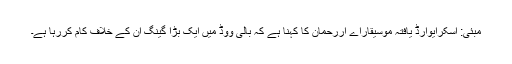
مبئی: آسکرایوارڈ یافتہ موسیقاراے آررحمان کا کہنا ہے کہ بالی ووڈ میں ایک بڑا گینگ ان کے خلاف کام کررہا ہے۔